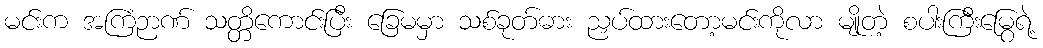
မင်းက အကြံဉာဏ် သတ္တိကောင်းပြီး ခြေမမှာ သစ်ခုတ်ဓား ညှပ်ထားတော့မင်းကိုလာ မျိုတဲ့ စပါးကြီးမြွေရဲ့